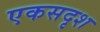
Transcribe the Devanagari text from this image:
एकसदृश